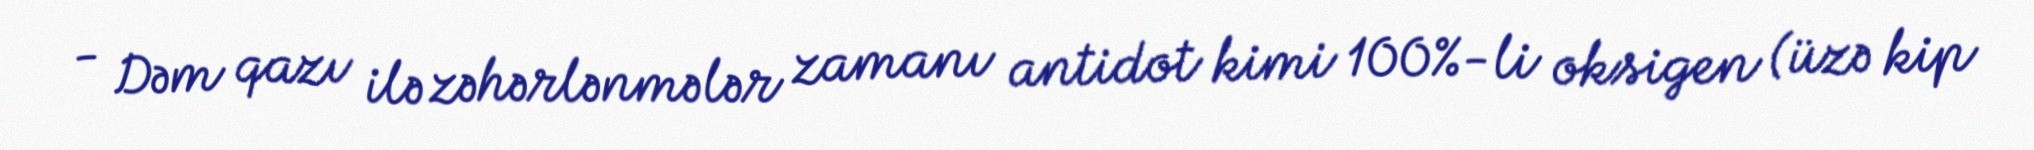
- Dəm qazı ilə zəhərlənmələr zamanı antidot kimi 100%-li oksigen (üzə kip